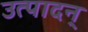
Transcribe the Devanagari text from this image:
उत्पादन्